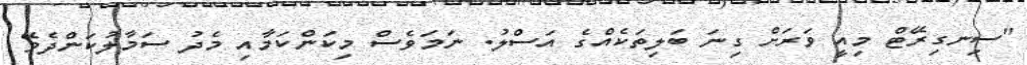
"ސިނގިރޭޓް މިއީ ވަރަށް ގިނަ ބަލިތަކެއްގެ އަސްލު. ނަމަވެސް މިކަންކަމާއި މެދު ސަމާލުކަންދެވޭ